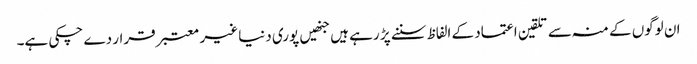
ان لوگوں کے منہ سے تلقین اعتماد کے الفاظ سننے پڑ رہے ہیں جنھیں پوری دنیا غیر معتبر قرار دے چکی ہے۔